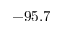
- 9 5 . 7